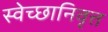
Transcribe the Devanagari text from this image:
स्वेच्छानिवृत्त